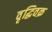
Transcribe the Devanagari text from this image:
वृद्धिवक्र